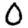
Digit: 0